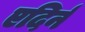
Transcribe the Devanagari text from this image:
एदिर्न